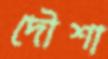
দৌশা